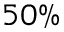
5 0 \%